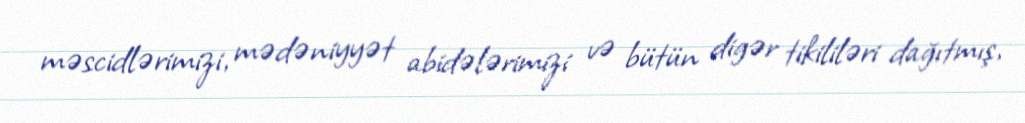
məscidlərimizi, mədəniyyət abidələrimizi və bütün digər tikililəri dağıtmış,